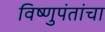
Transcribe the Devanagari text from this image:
विष्णुपंतांचा